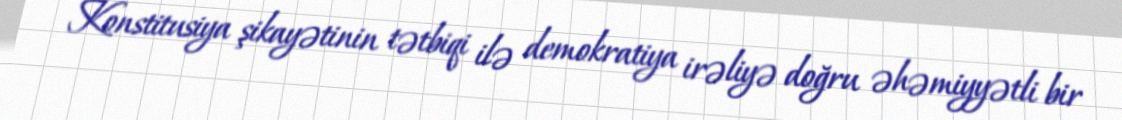
Konstitusiya şikayətinin tətbiqi ilə demokratiya irəliyə doğru əhəmiyyətli bir